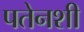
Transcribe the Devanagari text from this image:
पतेनशी